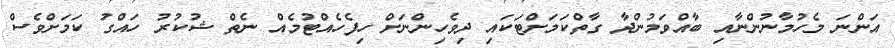
އަންނަ މެހުމާނުންނާއި ބާއްވަމުންދާ ގާތްކަމަށްޓަކައި ދިވެހިންނަށް ހިފެހެއްޓުމެއް ނެތް ޝުކުރު ހައްގު ކަމަށްވެސް